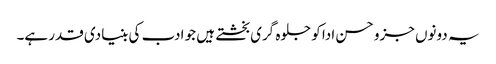
یہ دونوں جزو حسن ادا کو جلوہ گری بخشتے ہیں جو ادب کی بنیادی قدر ہے۔